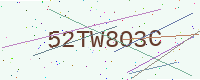
Text: 52TW8O3C